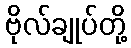
ဗိုလ်ချုပ်တို့